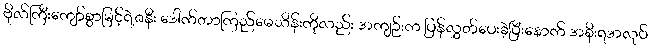
ဗိုလ်ကြီးကျော်စွာမြင့်ရဲ့ဇနီး ဒေါက်တာကြည်မေသိန်းကိုလည်း အကျဉ်းက ပြန်လွှတ်ပေးခဲ့ပြီးနောက် အစိုးရအလုပ်